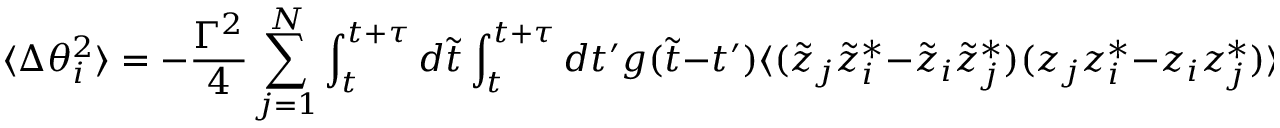
\langle \Delta \theta _ { i } ^ { 2 } \rangle = - { \frac { \Gamma ^ { 2 } } { 4 } } \sum _ { j = 1 } ^ { N } \int _ { t } ^ { t + \tau } d \tilde { t } \int _ { t } ^ { t + \tau } d t ^ { \prime } g ( \tilde { t } - t ^ { \prime } ) \langle ( \tilde { z } _ { j } \tilde { z } _ { i } ^ { * } - \tilde { z } _ { i } \tilde { z } _ { j } ^ { * } ) ( z _ { j } z _ { i } ^ { * } - z _ { i } z _ { j } ^ { * } ) \rangle